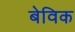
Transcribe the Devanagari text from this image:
बेविक